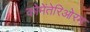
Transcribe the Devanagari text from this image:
कोमेंतेरिओरम